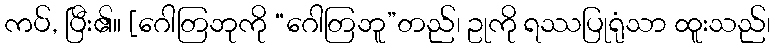
ကပ်, ပြီး၏။ [ဂေါတြဘုကို “ဂေါတြဘူ”တည်၊ ဥုကို ရဿပြုရုံသာ ထူးသည်၊